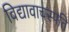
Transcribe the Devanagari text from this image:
विद्यावाचस्‍पति